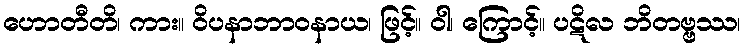
ဟောတီတိ၊ ကား။ ဝိပနာဘာဝနာယ၊ ဖြင့်။ ဝါ၊ ကြောင့်။ ပဋိလ ဘိတဗ္ဗဿ၊